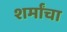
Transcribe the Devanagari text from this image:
शर्मांचा